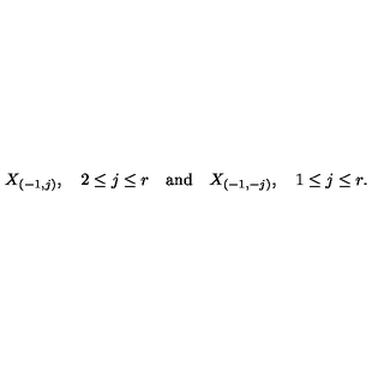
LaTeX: X _ { ( - 1 , j ) } , \quad 2 \leq j \leq r \quad \mathrm { a n d } \quad X _ { ( - 1 , - j ) } , \quad 1 \leq j \leq r .